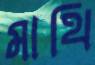
মাথি